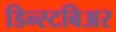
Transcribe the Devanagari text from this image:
डिन्स्टबिअर